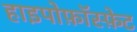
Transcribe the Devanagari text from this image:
हाइपोफ़ॉस्फ़ेट